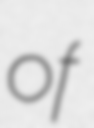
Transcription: of